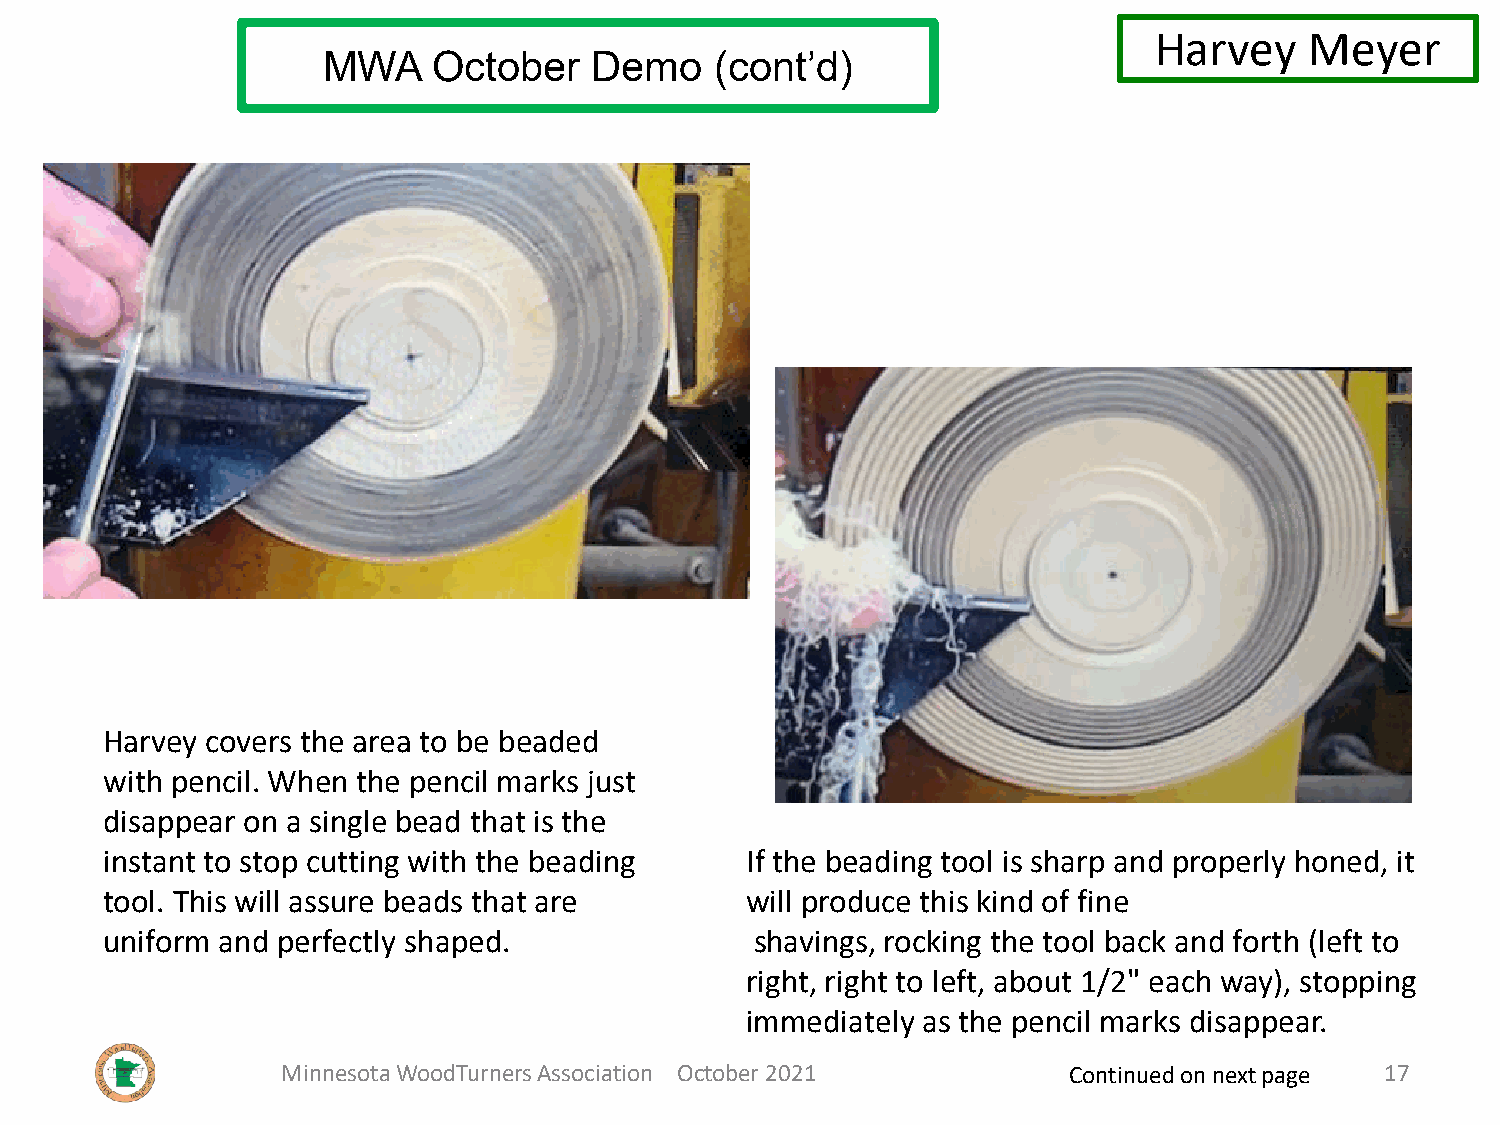
Harvey     Meyer
 MWA     October   Demo    (cont’d)
 Harvey covers the area to be beaded
 with pencil. When the pencil marks just
 disappear on a single bead that is the
 instant to stop cutting with the beading  If the beading tool is sharp and properly honed, it
 tool. This will assure beads that are     will produce this kind of fine
 uniform and perfectly shaped.              shavings, rocking the tool back and forth (left to
 right, right to left, about 1/2" each way), stopping
 immediately as the pencil marks disappear.
 Minnesota WoodTurners Association October 2021      Continued on next page 17